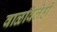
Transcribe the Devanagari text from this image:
वाळविलेही